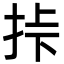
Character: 挊